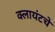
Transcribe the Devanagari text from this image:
क्लायंटचे